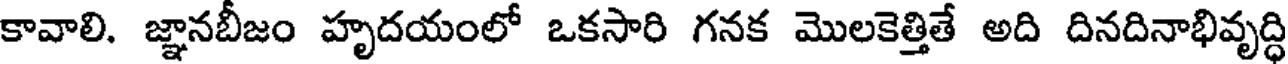
కావాలి. జ్ఞానబీజం హృదయంలో ఒకసారి గనక మొలకెత్తితే అది దినదినాభివృద్ధి